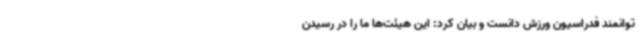
توانمند فدراسیون ورزش دانست و بیان کرد: این هیئت‌ها ما را در رسیدن